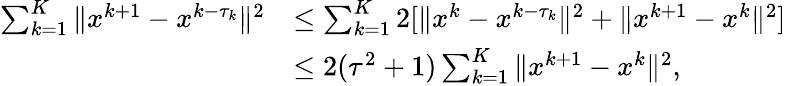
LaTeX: \begin{array}{rl}{\sum_{k=1}^{K}\| x^{k+1}-x^{k-\tau_{k}}\| ^{2}}&{\leq\sum_{k=1}^{K}2[\| x^{k}-x^{k-\tau_{k}}\| ^{2}+\| x^{k+1}-x^{k}\| ^{2}]}\\ &{\leq 2(\tau^{2}+1)\sum_{k=1}^{K}\| x^{k+1}-x^{k}\| ^{2},}\end{array}